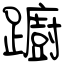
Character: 躕